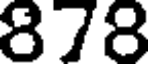
878